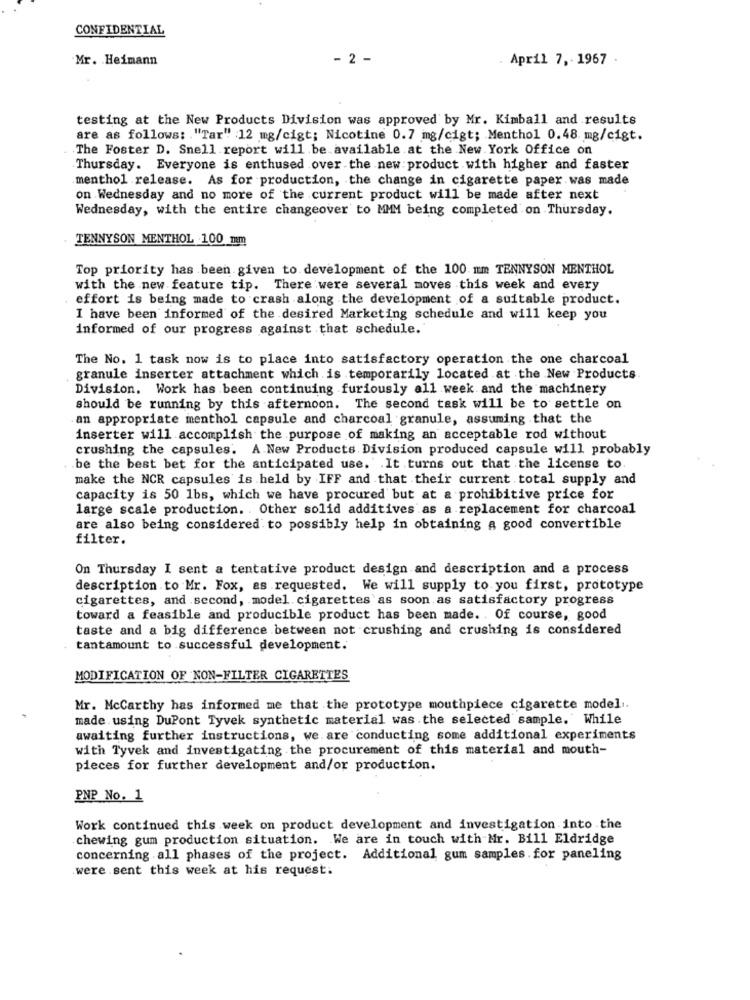
CONFIDENTIAL
Mr. Heimann
- 2 -
April 7, 1967
testing at the New Products Division was approved by Mr. Kimball and results
are as follows: "Tar" 12 mg/cigt; Nicotine 0.7 mg/cigt; Menthol 0.48 mg/cigt.
The Foster D. Snell report will be available at the New York Office on
Thursday. Everyone is enthused over the new product with higher and faster
menthol release. As for production, the change in cigarette paper was made
on Wednesday and no more of the current product will be made after next
Wednesday, with the entire changeover to MMM being completed on Thursday.
TENNYSON MENTHOL 100 mm
Top priority has been given to development of the 100. nm TENNYSON MENTHOL
with the new feature tip. There were several moves this week and every
effort is being made to crash along the development of a suitable product.
I have been informed of the desired Marketing schedule and will keep you
informed of our progress against that schedule.'
The No. 1 task now is to place into satisfactory operation the one charcoal
granule inserter attachment which is temporarily located at the New Products
Division. Work has been continuing furiously all week and the machinery
should be running by this afternoon. The second task will be to settle on
. an appropriate menthol capsule and charcoal granule, assuming that the
inserter will accomplish the purpose of making an acceptable rod without
crushing the capsules. A.New Products Division produced capsule will probably
be the best bet for the anticipated use. . It turns out that the license to
make the NCR capsules is held by IFF and that their current total supply and
capacity is 50 1bs, which we have procured but at & prohibitive price for
large scale production. . Other solid additives as a replacement for charcoal
are also being considered to possibly help in obtaining a good convertible
filter.
On Thursday I sent a tentative product design and description and a process
description to Mr. Fox, as requested. We will supply to you first, prototype
cigarettes, and second, model cigarettes as soon as satisfactory progress
toward a feasible and producible product has been made. . Of course, good
taste and a big difference between not crushing and crushing is considered
tantamount to successful development.
MODIFICATION OF NON-FILTER CIGARETTES
Mr. Mccarthy has informed me that the prototype mouthpiece cigarette model ..
made using DuPont Tyvek synthetic material was the selected sample. While
awaiting further instructions, we. are conducting some additional experiments
with Tyvek and investigating the procurement of this material and mouth-
pieces for further development and/or production.
PNP No. 1
Work continued this week on product development and investigation into the
chewing gum production situation. We are in touch with Mr. Bill Eldridge
concerning all phases of the project. Additional gum samples.for paneling
were sent this week at his request.